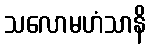
သလောမဟံသာနိ